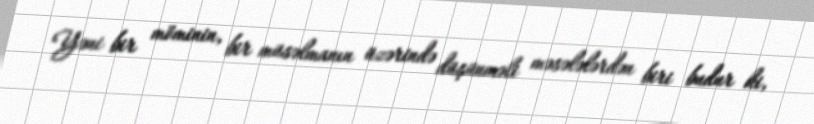
Yəni bir möminin, bir müsəlmanın üzərində düşünməli məsələlərdən biri budur ki,